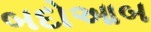
બદોઆબ